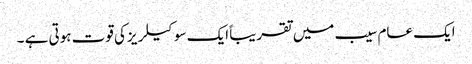
ایک عام سیب میں تقریبا ًایک سو کیلریزکی قوت ہوتی ہے ۔